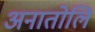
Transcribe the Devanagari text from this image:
अनातोलि